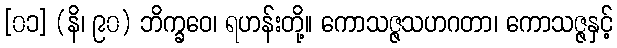
[၀၁] (နိ၊ ၉၀) ဘိက္ခဝေ၊ ရဟန်းတို့။ ကောသဇ္ဇသဟဂတာ၊ ကောသဇ္ဇနှင့်